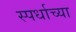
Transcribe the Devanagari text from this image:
स्पर्धाच्या